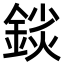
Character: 𨨚